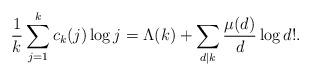
LaTeX: \begin{align*} \frac{1}{k}\sum_{j=1}^{k}c_{k}(j)\log j &= \Lambda(k) + \sum_{d|k}\frac{\mu(d)}{d}\log d!. \end{align*}